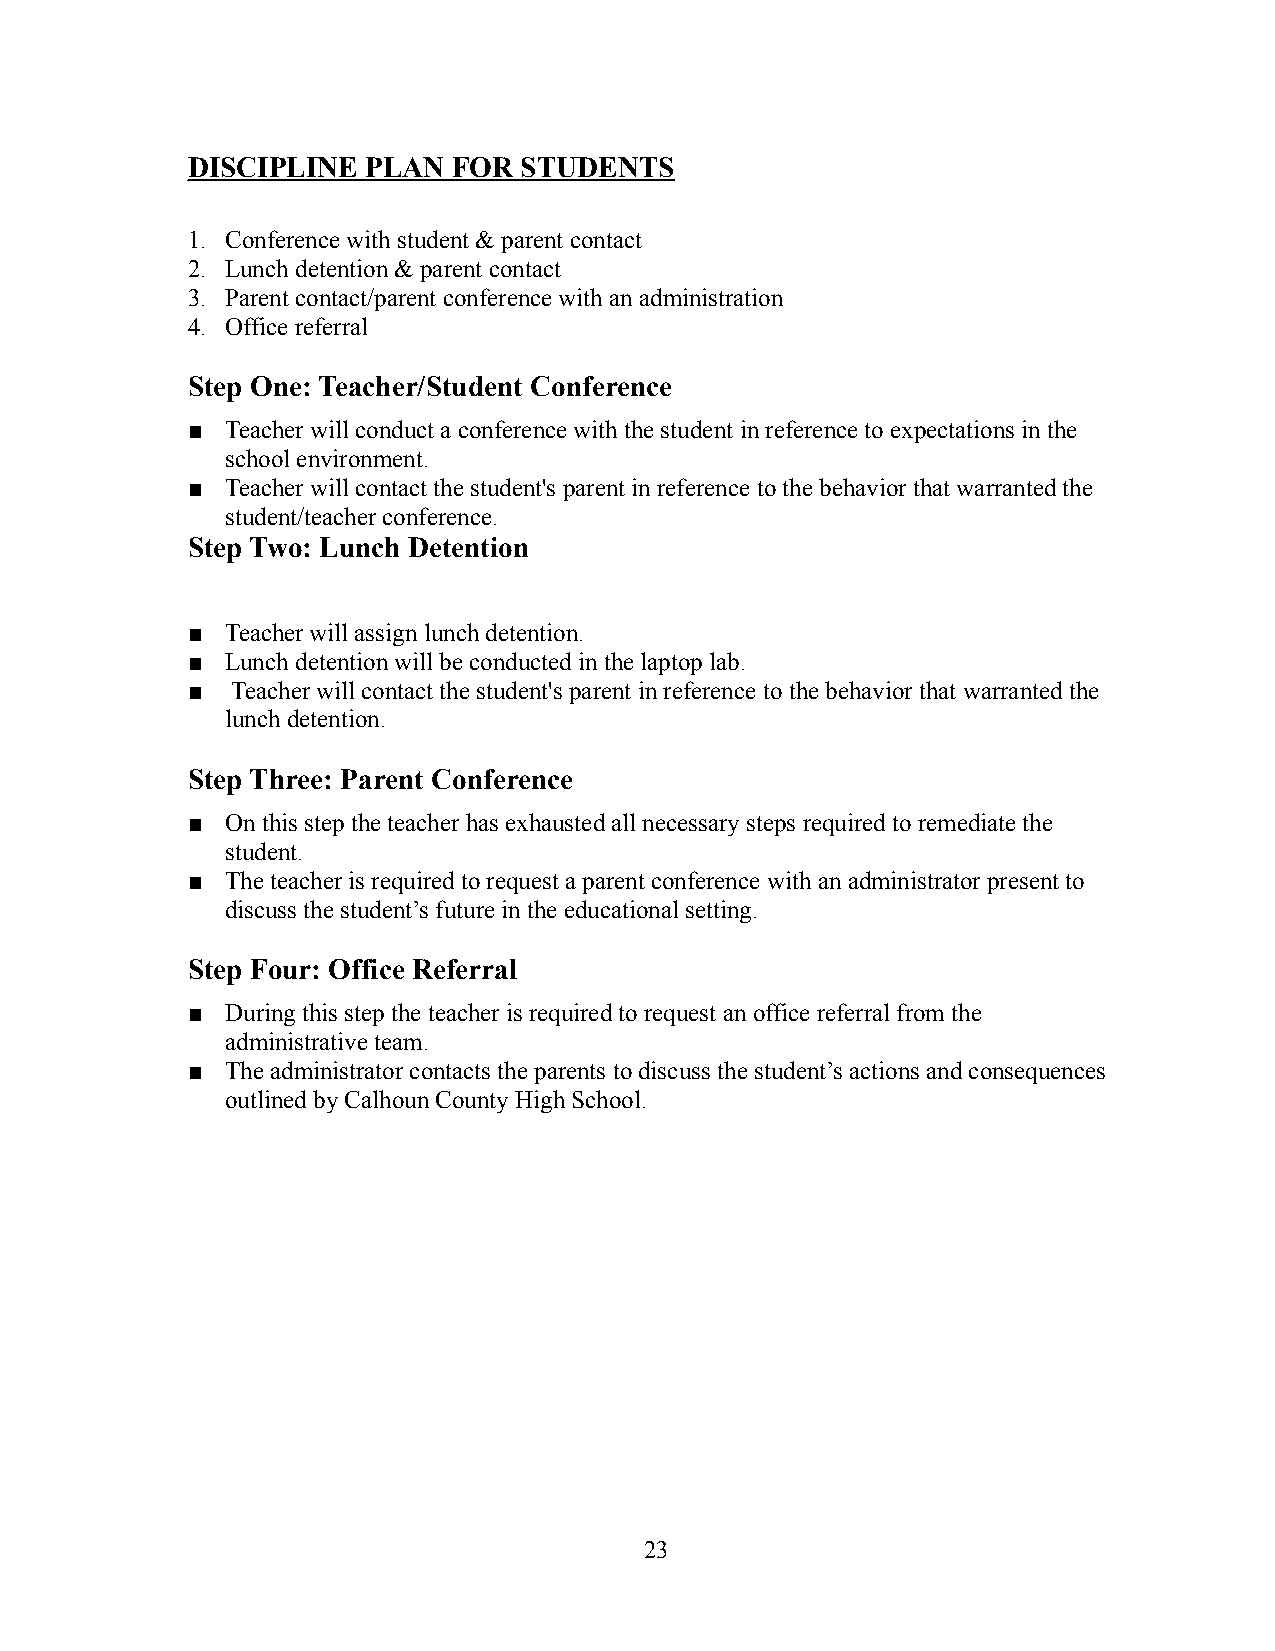
DISCIPLINE  PLAN  FOR STUDENTS
 1. Conference with student & parent contact
 2. Lunch detention & parent contact
 3. Parent contact/parent conference with an administration
 4. Office referral
 Step One: Teacher/Student Conference
 ■  Teacher will conduct a conference with the studentin reference to expectations in the
 school environment.
 ■  Teacher will contact the student's parent in reference to the behavior that warranted the
 student/teacher conference.
 Step Two: Lunch Detention
 ■  Teacher will assign lunch detention.
 ■  Lunch detention will be conducted in the laptop lab.
 ■  Teacher will contact the student's parent in reference to the behavior that warranted the
 lunch detention.
 Step Three: Parent Conference
 ■  On this step the teacher has exhausted all necessarysteps required to remediate the
 student.
 ■  The teacher is required to request a parent conference with an administrator present to
 discuss the student’s future in the educational setting.
 Step Four: Office Referral
 ■  During this step the teacher is required to requestan office referral from the
 administrative team.
 ■  The administrator contacts the parents to discussthe student’s actions and consequences
 outlined by Calhoun County High School.
 23